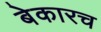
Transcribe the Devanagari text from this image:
बेकारच